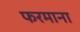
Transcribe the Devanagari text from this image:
फरमाना